Report on sanitation, dispensaries, and jails in Rajputana for 1919, and on vaccination for the year 1919-1920 - 1919-1920
Year: 1919
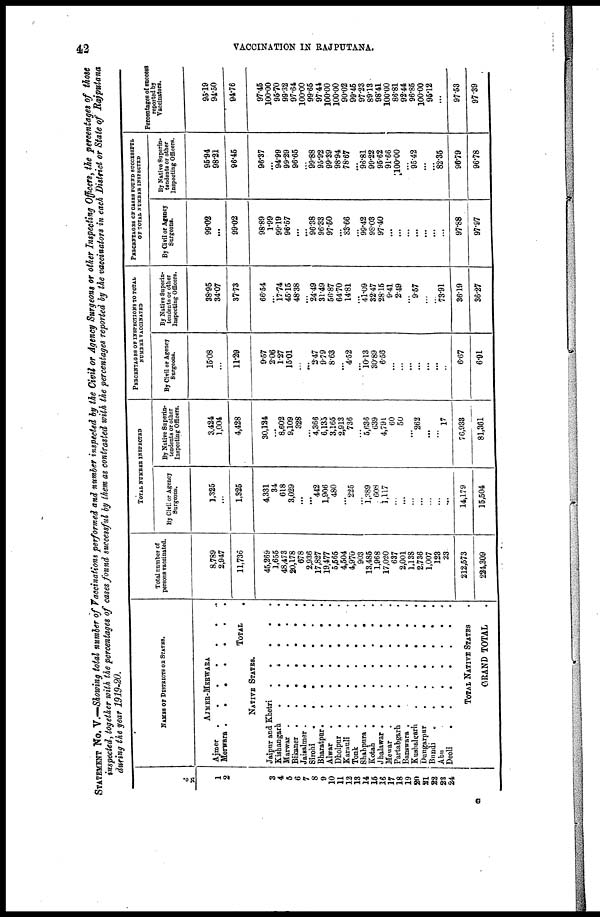
42
VACCINATION IN RAJPUTANA.
STATEMENT No. V.—Showing total number of Vaccinations performed and number inspected by the Civil or Agency Surgeons or other Inspecting Officers, the percentages of those
inspected, together with the percentages of cases found successful by them as contrasted with the percentages reported by the vaccinators in each District or State of Rajputana
during the year 1919-20.
No.
1
2
3
4
5
6
7
8
9
10
11
12
13
14
15
16
17
18
19
20
21
22
23
24
NAMES OF DISTRICTS STATES.
AJMER-MERWARA
Ajmer . . . .
Merwara
.
.
.
.
TOTAL .
NATIVE STATES.
Jaipur and Khetri
.
.
.
.
Kishangarh
.
.
.
.
Marwar
.
.
.
.
.
Bikaner
.
.
.
.
Jaisalmer
.
.
.
.
Sirohi
.
.
.
.
Bharatpur
.
.
.
.
Alwar
.
.
.
.
Dholpur
.
.
.
.
Karauli
.
.
.
.
Tonk
.
.
.
.
Shahpura
.
.
.
.
Kotah
.
.
.
.
Jhalawar
.
.
.
Mewar
.
.
.
Partabgarh
.
.
.
.
Banswara
.
.
.
.
Kushalgarh
.
.
.
.
Dungarpur
.
.
.
.
Bundi
.
. . . .
Abu
.
.
.
.
Deoli
.
.
.
.
TOTAL NATIVE STATES .
GRAND TOTAL .
Total number of
persons vaccinated.
8,789
2,947
11,736
45,269
1,655
48,473
20,178
678
2,936
17,827
19,477
5,565
4,504
4,970
903
13,485
1,968
17,020
637
2,001
1,138
2,736
1,007
123
23
212,573
224,309
TOTAL NUMBER INSPECTED
By Civil or Agency
Surgeons.
1,325
...
1,325
4,331
34
618
3,029
...
...
442
1,906
480
...
225
...
1,389
608
1,117
...
...
...
...
...
...
...
14,179
15,504
By Native Superin-
tendents or other
Inspecting Officers.
3,424
1,004
4,428
30,124
...
8,602
9,109
328
...
4,366
6,135
3,165
2,913
736
...
5,636
639
4,791
60
50
...
262
...
...
17
76,933
81,361
PERCENTAGES OF INSPECTIONS TO TOTAL
NUMBER VACCINATED
By Civil or Agency
Surgeons.
15.08
...
11.29
9.57
206
127
15.01
...
...
2.47
9.79
8.63
...
4.52
...
10.13
30.89
6.56
...
...
...
...
...
...
...
6.67
6.91
By Native Superin-
tendents or other
Inspecting Officers.
38.95
34.07
37.73
66.54
...
17.74
45.15
48.38
...
24.49
31.49
56.87
64.70
14.81
...
41.09
32.47
28.15
9.41
2.49
...
9.57
...
...
73.91
36.19
36.27
PERCENTAGES OF CASES FOUND SUCCESSFUL
OF TOTAL NUMBER INSPECTED
By Civil or Agency
Surgeons.
99.02
...
99.02
98.89
1.99
99.19
96.57
...
...
96.38
96.33
97.50
...
83.66
...
99.42
98.03
97.40
...
...
...
...
...
...
...
97.88
97.97
By Native Superin-
tendents or other
Inspecting Officers.
95.94
98.21
96.45
96.37
...
94.99
99.29
96.65
...
99.88
95.92
99.39
98.94
78.67
...
96.81
99.22
95.62
91.66
100.00
...
95.42
...
...
82.35
90.79
96.78
Percentages of success
reported by
Vaccinators.
95.19
94.50
94.76
97.45
100.00
95.70
99.32
97.64
100.00
99.65
97.44
100.00
100.00
90.02
99.45
97.23
89.13
98.41
100.00
86.81
92.44
96.85
100.00
95.12
...
97.53
97.39
G